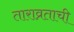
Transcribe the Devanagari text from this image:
ताराव्रताची